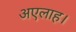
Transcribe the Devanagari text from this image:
अएलाह।